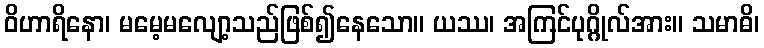
ဝိဟာရိနော၊ မမေ့မလျော့သည်ဖြစ်၍နေသော။ ယဿ၊ အကြင်ပုဂ္ဂိုလ်အား။ သမာဓိ၊